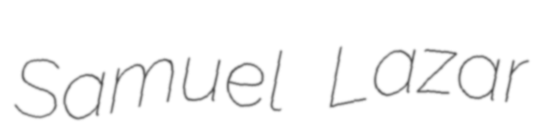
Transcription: Samuel Lazar